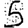
Digit: 5